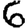
Digit: 6